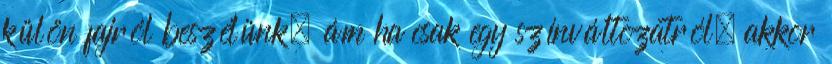
külön fajról beszélünk, ám ha csak egy színváltozatról, akkor